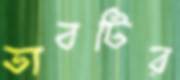
ভাবটির